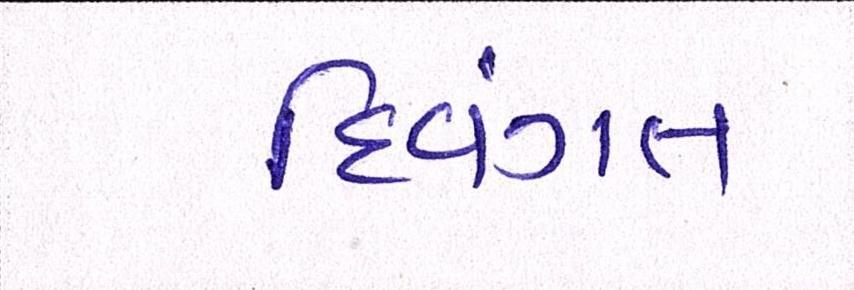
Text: દિવંગત